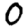
Digit: 0